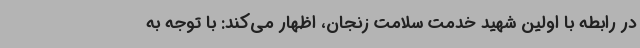
در رابطه با اولین شهید خدمت سلامت زنجان، اظهار می‌کند: با توجه به